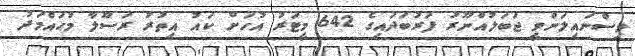
ވިސްނައިލަންވީ ޖަބަލުއްނޫރު ފަރުބަދައިގެ 642 މީޓަރު އުހަށް ކައު އިތުރުު ރަސޫލާ މުޙައްމަދު